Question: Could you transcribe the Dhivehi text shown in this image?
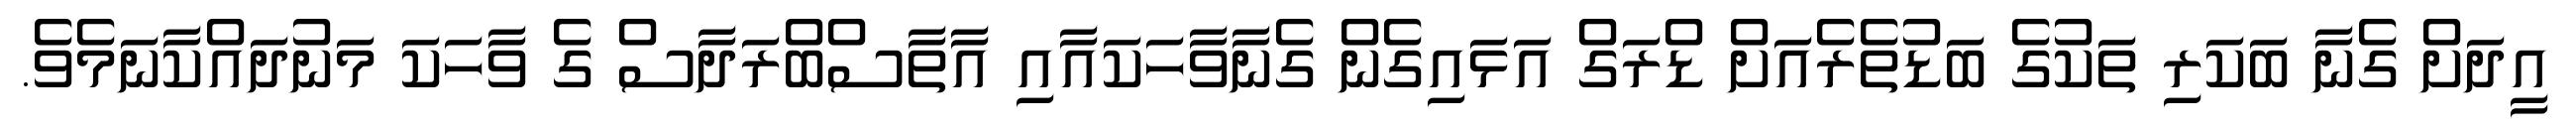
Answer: އީދަށް ގެނާ ބަކަރި ތަކުގެ ބަޑުތެރެއަށް ޑްރަގް އަޅައިގެން ގެނާވާހަކައާއި އާތާސްބްރަދާސް ގެ ވާހަކަ މަނުދައްކާނަމެވެ.